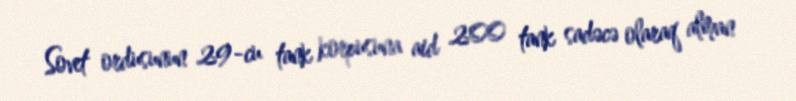
Sovet ordusunun 29-cu tank korpusuna aid 200 tank sadəcə olaraq alman